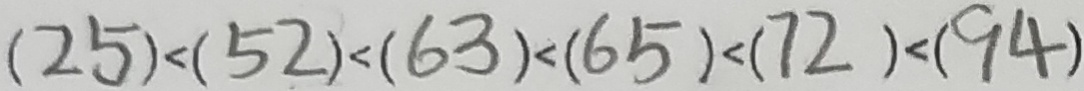
( 2 5 ) < ( 5 2 ) < ( 6 3 ) < ( 6 5 ) < ( 7 2 ) < ( 9 4 )